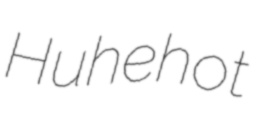
Huhehot